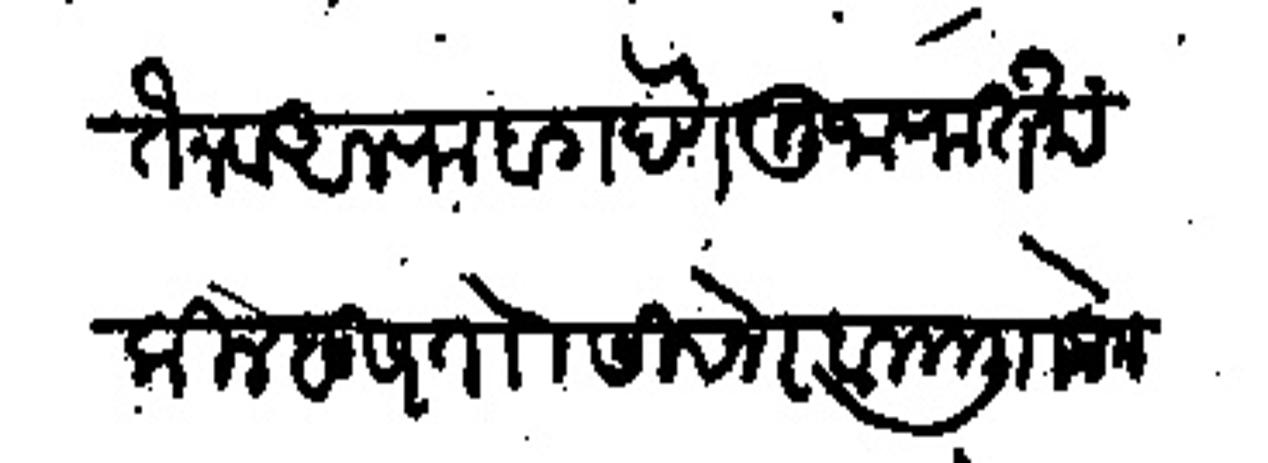
Transliteration (Devanagari): तैन व अलफै बा देणे मुजाफत खर्च किले हडसर तो सिवनेर बा मु लोक